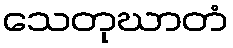
သေတုဃာတံ